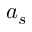
a _ { s }